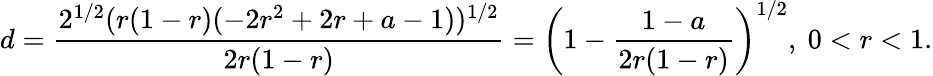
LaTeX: d=\frac{2^{1/2}(r(1-r)(-2r^{2}+2r+a-1))^{1/2}}{2r(1-r)}=\left(1-\frac{1-a}{2r(1-r)}\right)^{1/2},\ 0<r<1.